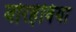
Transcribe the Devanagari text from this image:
बोरहेविया